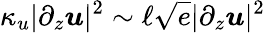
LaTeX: \kappa_{u}|\partial_{z}\boldsymbol u|^{2}\sim\ell\sqrt{e}|\partial_{z}\boldsymbol u|^{2}